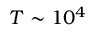
T \sim 1 0 ^ { 4 }